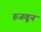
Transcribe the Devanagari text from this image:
रुजवून